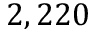
2 , 2 2 0